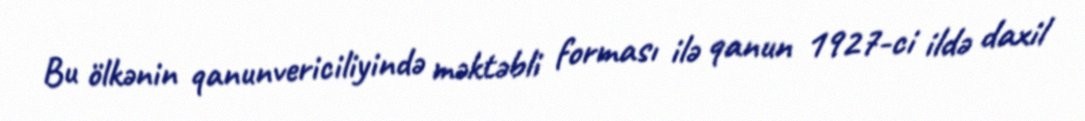
Bu ölkənin qanunvericiliyində məktəbli forması ilə qanun 1927-ci ildə daxil